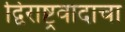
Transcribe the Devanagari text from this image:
द्विराष्ट्रवादाचा